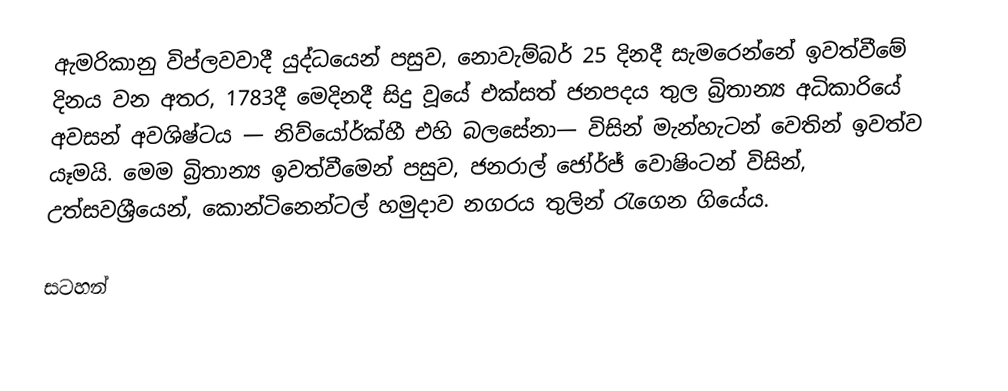
ඇමරිකානු විප්ලවවාදී යුද්ධයෙන් පසුව, නොවැම්බර් 25 දිනදී සැමරෙන්නේ ඉවත්වීමේ දිනය වන අතර, 1783දී මෙදිනදී සිදු වූයේ එක්සත් ජනපදය තුල  බ්‍රිතාන්‍ය අධිකාරියේ අවසන් අවශිෂ්ටය — නිව්යෝර්ක්හී එහි බලසේනා— විසින් මැන්හැටන් වෙතින් ඉවත්ව යෑමයි. මෙම බ්‍රිතාන්‍ය ඉවත්වීමෙන් පසුව, ජනරාල් ජෝර්ජ් වොෂිංටන් විසින්, උත්සවශ්‍රීයෙන්,  කොන්ටිනෙන්ටල් හමුදාව නගරය තුලින් රැගෙන ගියේය.

සටහන්